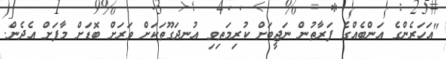
"އަހަރެންގެ އަންބެއްގެ ފަރާތުން ނަޖީބަށް ކުރިމަތިވި އުނދަގޫތަކަށް ވަރަށް ބޮޑަށް މާފަށް އެދެން.